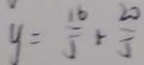
y = \frac { 1 6 } { 5 } + \frac { 2 0 } { 5 }